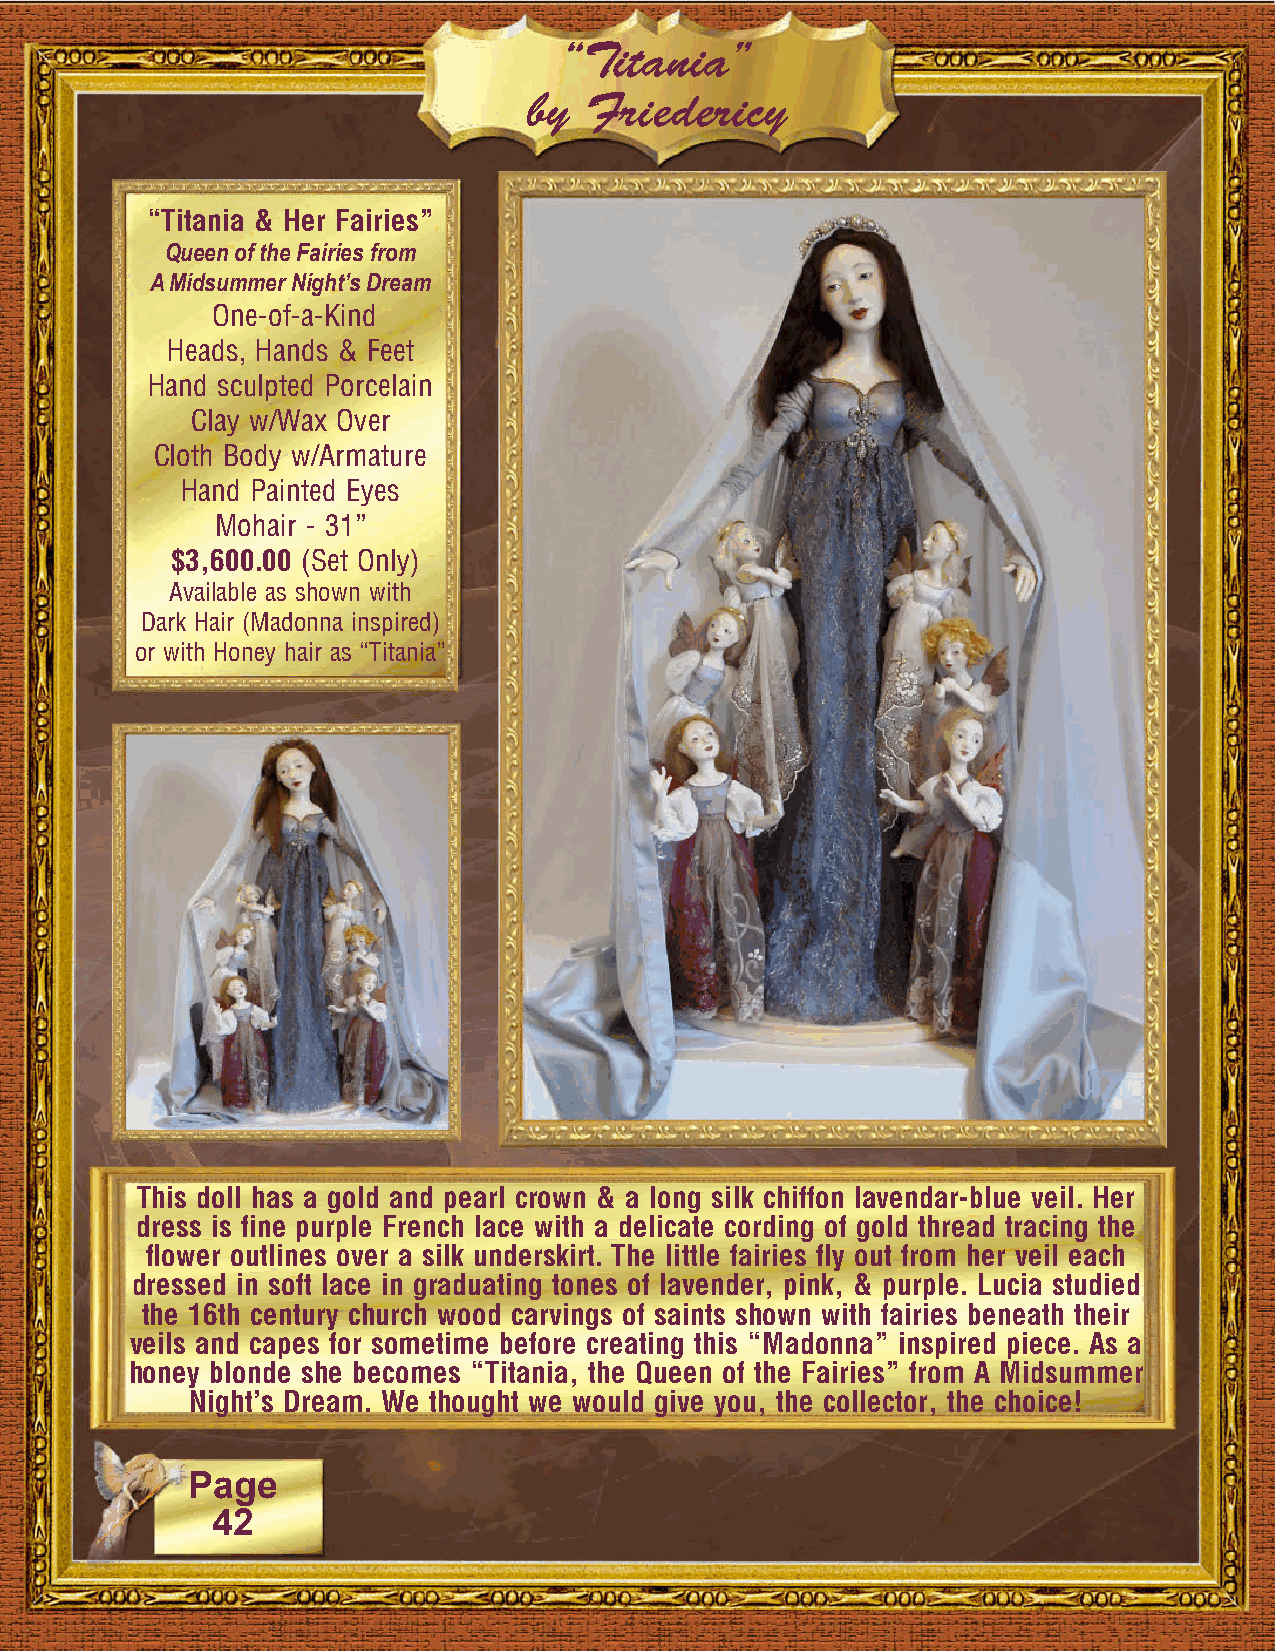
“Titania”
 by  Friedericy
 “Titania & Her Fairies”
 Queen of the Fairies from
 A Midsummer Night’s Dream
 One-of-a-Kind
 Heads, Hands & Feet
 Hand sculpted Porcelain
 Clay w/Wax Over
 Cloth Body w/Armature
 Hand Painted Eyes
 Mohair - 31”
 $3,600.00 (Set Only)
 Available as shown with
 Dark Hair (Madonna inspired)
 or with Honey hair as “Titania”
 This doll has a gold and pearl crown & a long silk chiffon lavendar-blue veil. Her
 dress is fine purple French lace with a delicate cording of gold thread tracing the
 flower outlines over a silk underskirt. The little fairies fly out from her veil each
 dressed in soft lace in graduating tones of lavender, pink, & purple. Lucia studied
 the 16th century church wood carvings of saints shown with fairies beneath their
 veils and capes for sometime before creating this “Madonna” inspired piece. As a
 honey blonde she becomes “Titania, the Queen of the Fairies” from A Midsummer
 Night’s Dream. We thought we would give you, the collector, the choice!
 Page
 42